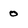
Character: o